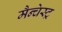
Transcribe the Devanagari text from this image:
मैन्चेस्ट्र